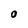
Character: 0